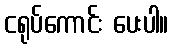
ငရုပ်ကောင်း ပေးပါ။